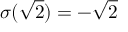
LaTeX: \sigma ( { \sqrt { 2 } } ) = - { \sqrt { 2 } }